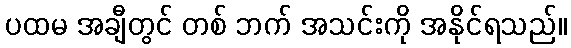
ပထမ အချီတွင် တစ် ဘက် အသင်းကို အနိုင်ရသည်။